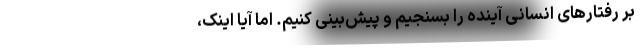
بر رفتارهای انسانی آینده را بسنجیم و پیش‌بینی کنیم. اما آیا اینک،